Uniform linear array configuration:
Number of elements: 32
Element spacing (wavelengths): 0.25
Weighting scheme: kaiser
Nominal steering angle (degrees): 15
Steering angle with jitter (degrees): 15.586
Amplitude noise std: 0.05
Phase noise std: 0.05

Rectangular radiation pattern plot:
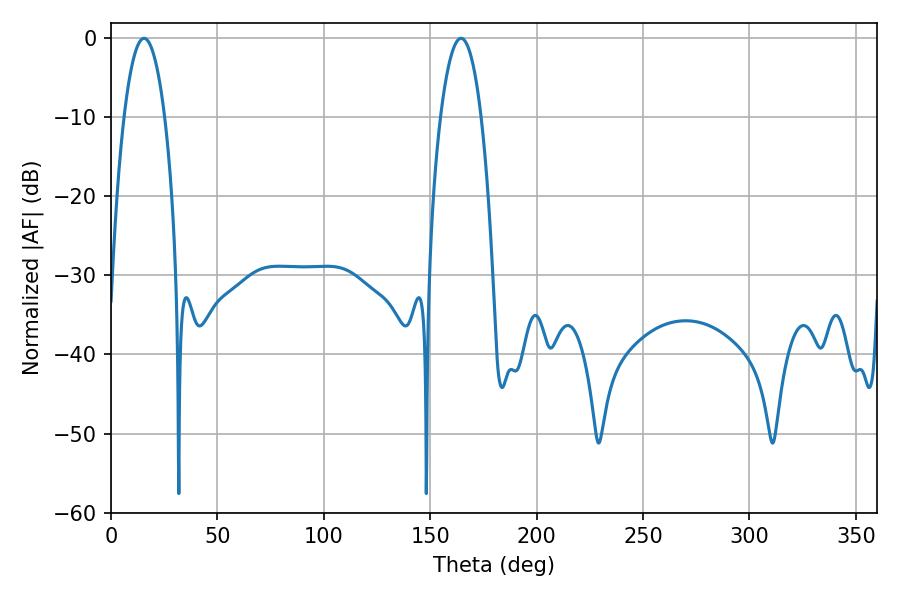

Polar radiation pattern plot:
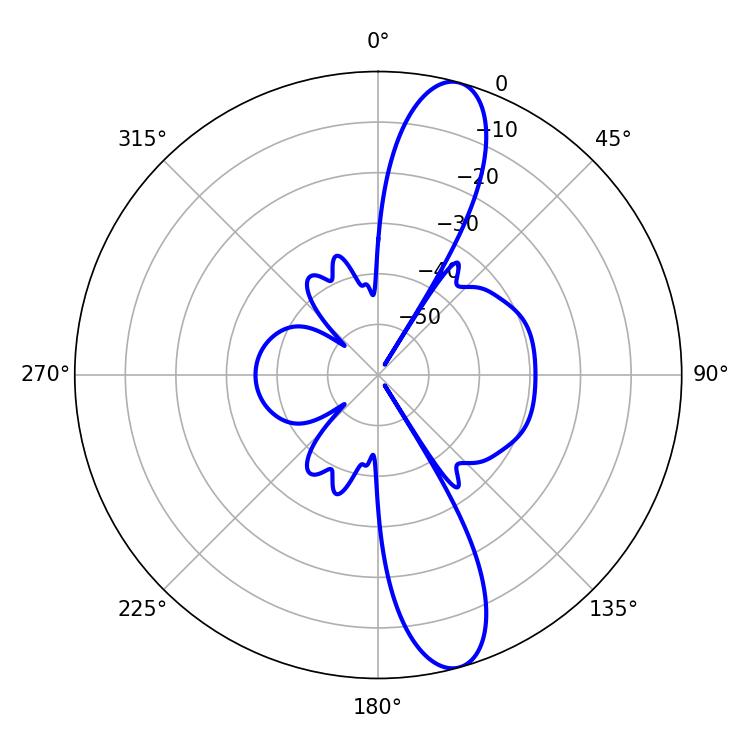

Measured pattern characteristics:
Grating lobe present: FALSE
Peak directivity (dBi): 12.712
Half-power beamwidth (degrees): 10.62
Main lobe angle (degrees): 15.48